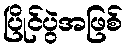
ပြိုင်ပွဲအဖြစ်